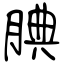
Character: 腆